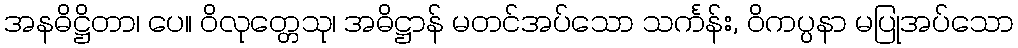
အနဓိဋ္ဌိတာ၊ ပေ။ ဝိလုတ္တေသု၊ အဓိဋ္ဌာန် မတင်အပ်သော သင်္ကန်း, ဝိကပ္ပနာ မပြုအပ်သော